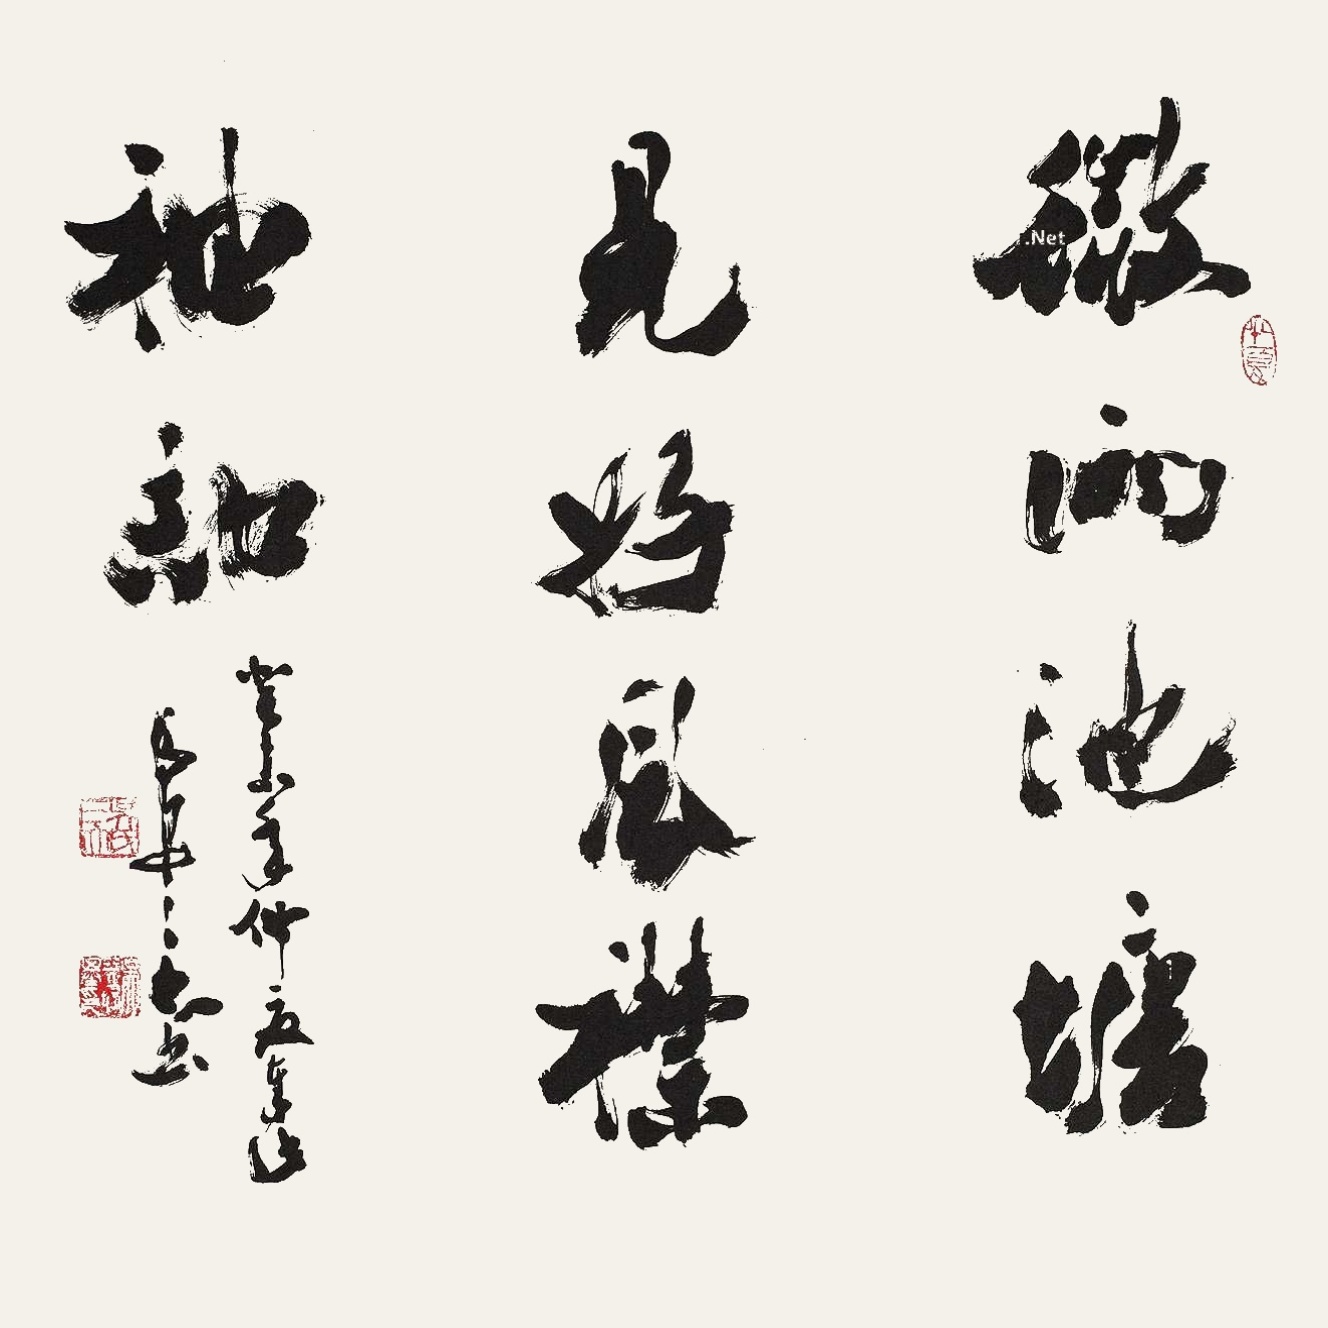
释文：微雨池塘见，好风襟袖知。癸未年仲夏奉此，长安三大书。